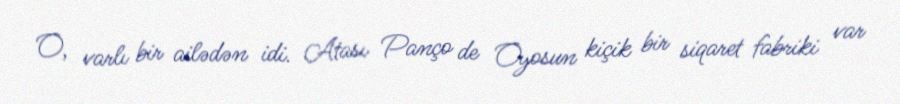
O, varlı bir ailədən idi. Atası Panço de Oyosun kiçik bir siqaret fabriki var